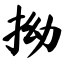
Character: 拗